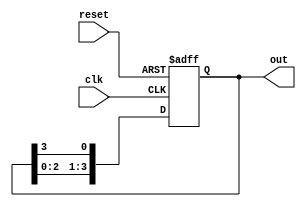
module ring_counter(
    input wire clk,
    input wire reset,
    output reg [3:0] out
);

reg [3:0] counter;

always @(posedge clk or posedge reset)
begin
    if(reset)
        counter <= 4'b0000;
    else
        counter <= {counter[2:0], counter[3]};
end

assign out = counter;

endmodule